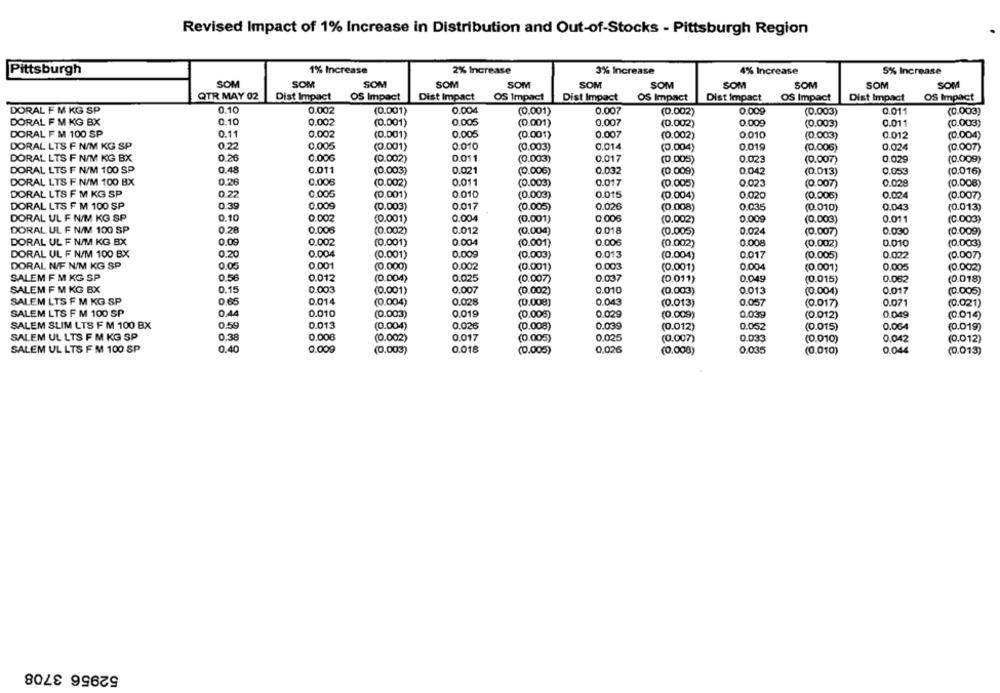
Revised Impact of 1% Increase in Distribution and Out-of-Stocks - Pittsburgh Region
Pittsburgh
1% Increase
2% Increase
3% Increase
4% Increase
5% Increase
SOM
SOM
SOM
SOM
SOM
SOM
SOM
SOM
SOM
SOM
SOM
QTR MAY 02
Dist Impact
OS Impact
Dist Impact
OS Impact
Dist Impact
OS Impact
Dist impact
OS Impact
Dist Impact
OS Impact
DORAL F M KG SP
0.10
0.002
(0.001)
0.004
(0.001)
0.007
(0.002)
0.009
(0.003)
0.011
(0.003)
DORAL F M KG BX
0.10
0.002
(0.001)
0.005
(0.001)
0.007
(0.002)
0.009
(0.003)
0.011
(0.003)
DORAL F M 100 SP
0.11
0.002
(0.001)
0.005
(0.001)
0.007
(0.002)
0.010
(0.003)
0.012
(0.004)
DORAL LTS F N/M KG SP
0.22
0.005
0.010
0.014
0.024
(0.001)
(0.003)
(0.004)
0.019
(0.006)
(0.007)
DORAL LTS F N/M KG BX
0.26
0.006
(0.002)
0011
(0.003)
0.017
(0.005)
0.023
(0.007)
0.029
(0.009)
DORAL LTS F N/M 100 SP
0.48
0.011
(0.003)
0.021
(0.006)
0.032
(0.009)
0.042
(0.013)
0.053
(0.016)
DORAL LTS F N/M 100 BX
0.26
0.006
(0.002)
0.011
(0.003)
0.017
(0.005)
0.023
(0.007)
0.028
(0.008)
DORAL LTS F M KG SP
0.22
0,005
0.010
(0.003)
0.015
0.024
(0.001)
(0.004)
0.020
(0.005)
(0.007)
DORAL LTS F M 100 SP
0.39
0.009
(0.003)
0.017
(0.005)
0.026
(0.008)
0.035
(0.010)
0.043
(0.013)
DORAL UL F N/M KG SP
0.10
0.002
(0.001)
0.004
(0.001)
0.006
(0.002)
0,009
(0.003)
0.011
(0.003)
DORAL UL F N/M 100 SP
0.28
0.006
(0.002)
0.012
(0.004)
0.018
(0.005)
0.024
(0.007)
0.030
(0.009)
DORAL UL F N/M KG BX
0.09
0.002
(0.001)
0.004
(0.001)
0.006
(0.002)
0.008
(0.002)
0.010
(0.003)
DORAL UL F N/M 100 BX
0.20
0.004
(0.001)
0.009
(0.003)
0.013
(0.004)
0.017
(0.005)
0.022
(0.007)
DORAL N/F N/M KG SP
0.05
0.001
(0.000)
0.002
(0.001)
0.003
(0.001)
0.004
(0.001)
0.005
(0.002)
SALEM F M KG SP
0.56
0.012
0.025
0.037
(0.004)
(0.007)
(0.011)
0.049
(0.015)
0.082
(0.018)
SALEM F M KG BX
0.15
0.003
(0.001)
0.007
(0.002)
0.010
(0.003)
0.013
(0.004)
0.017
(0.005)
SALEM LTS F M KG SP
0.65
0.014
(0.004)
0.028
(0.008)
0.043
(0.013)
0.057
(0.017)
0.071
(0.021)
SALEM LTS F M 100 SP
0.019
0.44
0.010
(0.003)
(0.005)
0.029
(0.009)
0.039
(0.012)
0.049
(0.014)
SALEM SLIM LTS F M 100 BX
0.59
0.013
(0.004)
0.026
(0.008)
0.039
(0.012)
0.052
(0.015)
0.064
(0.019)
SALEM UL LTS F M KG SP
0.38
0,00€
(0.002)
0.017
(0.005)
0.025
(0.007)
0.033
(0.010)
0.042
(0.012)
SALEM UL LTS F M 100 SP
0.40
0.009
(0.003)
0.018
(0.005)
0,026
(0.000)
0.035
(0.010)
0.044
(0.013)
52956 3708